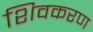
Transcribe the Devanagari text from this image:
शिवकरण